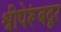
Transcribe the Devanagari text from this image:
श्रीपेरूंबदूर